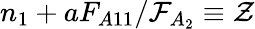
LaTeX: n_{1}+aF_{A11}/\mathcal{F}_{A_{2}}\equiv\mathcal{Z}